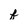
Character: f